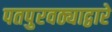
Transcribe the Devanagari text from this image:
पतपुरवठ्याद्वारे